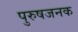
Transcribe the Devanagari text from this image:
पुरुषजनक